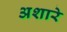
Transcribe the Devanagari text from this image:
अशारे